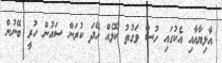
އާލިޔާއާއި އެކުގައި ހުސް ވަގުތު ކޮޅެއް ހޭދަ ކުރަން ސައުން ހުރީ ބޭނުން